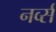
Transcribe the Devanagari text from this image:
नर्व्स